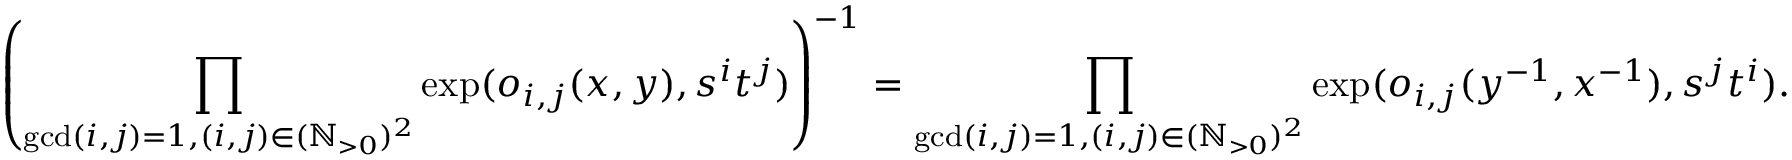
\left( \prod _ { \operatorname* { g c d } ( i , j ) = 1 , ( i , j ) \in ( \mathbb { N } _ { > 0 } ) ^ { 2 } } \exp ( o _ { i , j } ( x , y ) , s ^ { i } t ^ { j } ) \right) ^ { - 1 } = \prod _ { \operatorname* { g c d } ( i , j ) = 1 , ( i , j ) \in ( \mathbb { N } _ { > 0 } ) ^ { 2 } } \exp ( o _ { i , j } ( y ^ { - 1 } , x ^ { - 1 } ) , s ^ { j } t ^ { i } ) .